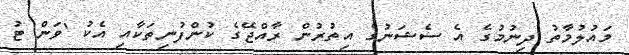
މައުލުމާތު ދިނުމުގެ އެ ސެޝަނުގެ އިތުރުން ރާއްޖޭގެ ކުންފުނިތަކާއި އެކު 'ވަން ޓު